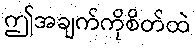
ဤအချက်ကိုစိတ်ထဲ